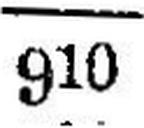
910